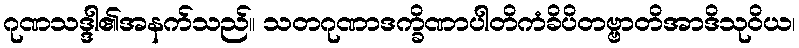
ဂုဏသဒ္ဒါ၏အနက်သည်။ သတဂုဏာဒက္ခိဏာပါတိကံခိပိတဗ္ဗာတိအာဒိသုဝိယ၊